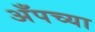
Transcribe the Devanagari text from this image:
अँपच्या